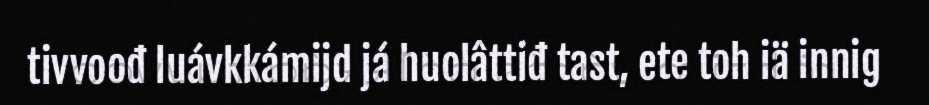
tivvoođ luávkkámijd já huolâttiđ tast, ete toh iä innig